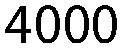
4000